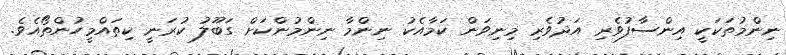
ނިންމުތަކަކީ އިންސާފުވެރި އަދުވެރި މިނިވަން ކަމާއެކު ނިންމާ ނިންމުންކަށް ގަބޫލު ކުރަނީ ކިތައްމީހުންތޯއެވެ.